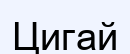
Цигай